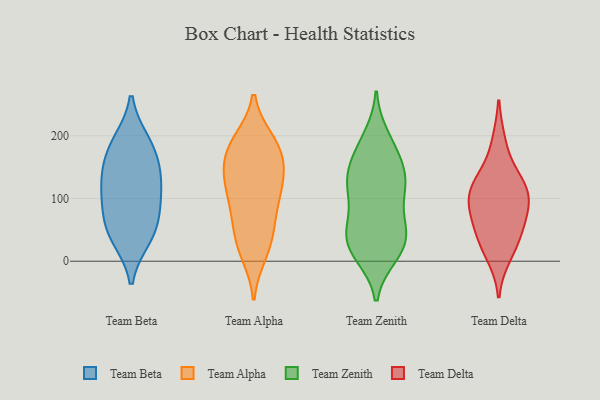
{"axis": {"x": "Page Views", "y": "Value"}, "legend": ["Team Alpha", "Team Beta", "Team Delta", "Team Zenith"], "data": [{"x": "", "y": 44, "type": "Team Beta"}, {"x": "", "y": 157, "type": "Team Beta"}, {"x": "", "y": 135, "type": "Team Beta"}, {"x": "", "y": 58, "type": "Team Beta"}, {"x": "", "y": 38, "type": "Team Beta"}, {"x": "", "y": 189, "type": "Team Beta"}, {"x": "", "y": 126, "type": "Team Beta"}, {"x": "", "y": 185, "type": "Team Beta"}, {"x": "", "y": 101, "type": "Team Beta"}, {"x": "", "y": 91, "type": "Team Beta"}, {"x": "", "y": 58, "type": "Team Alpha"}, {"x": "", "y": 152, "type": "Team Alpha"}, {"x": "", "y": 193, "type": "Team Alpha"}, {"x": "", "y": 137, "type": "Team Alpha"}, {"x": "", "y": 29, "type": "Team Alpha"}, {"x": "", "y": 153, "type": "Team Alpha"}, {"x": "", "y": 60, "type": "Team Alpha"}, {"x": "", "y": 184, "type": "Team Alpha"}, {"x": "", "y": 75, "type": "Team Alpha"}, {"x": "", "y": 97, "type": "Team Alpha"}, {"x": "", "y": 190, "type": "Team Alpha"}, {"x": "", "y": 187, "type": "Team Alpha"}, {"x": "", "y": 160, "type": "Team Alpha"}, {"x": "", "y": 119, "type": "Team Alpha"}, {"x": "", "y": 18, "type": "Team Alpha"}, {"x": "", "y": 11, "type": "Team Alpha"}, {"x": "", "y": 118, "type": "Team Alpha"}, {"x": "", "y": 115, "type": "Team Alpha"}, {"x": "", "y": 114, "type": "Team Zenith"}, {"x": "", "y": 29, "type": "Team Zenith"}, {"x": "", "y": 17, "type": "Team Zenith"}, {"x": "", "y": 185, "type": "Team Zenith"}, {"x": "", "y": 120, "type": "Team Zenith"}, {"x": "", "y": 127, "type": "Team Zenith"}, {"x": "", "y": 61, "type": "Team Zenith"}, {"x": "", "y": 14, "type": "Team Zenith"}, {"x": "", "y": 114, "type": "Team Zenith"}, {"x": "", "y": 56, "type": "Team Zenith"}, {"x": "", "y": 52, "type": "Team Zenith"}, {"x": "", "y": 129, "type": "Team Zenith"}, {"x": "", "y": 28, "type": "Team Zenith"}, {"x": "", "y": 166, "type": "Team Zenith"}, {"x": "", "y": 165, "type": "Team Zenith"}, {"x": "", "y": 10, "type": "Team Zenith"}, {"x": "", "y": 135, "type": "Team Zenith"}, {"x": "", "y": 198, "type": "Team Zenith"}, {"x": "", "y": 57, "type": "Team Zenith"}, {"x": "", "y": 34, "type": "Team Delta"}, {"x": "", "y": 79, "type": "Team Delta"}, {"x": "", "y": 10, "type": "Team Delta"}, {"x": "", "y": 38, "type": "Team Delta"}, {"x": "", "y": 189, "type": "Team Delta"}, {"x": "", "y": 127, "type": "Team Delta"}, {"x": "", "y": 99, "type": "Team Delta"}, {"x": "", "y": 119, "type": "Team Delta"}, {"x": "", "y": 127, "type": "Team Delta"}, {"x": "", "y": 67, "type": "Team Delta"}, {"x": "", "y": 94, "type": "Team Delta"}]}